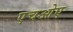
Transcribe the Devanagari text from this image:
एचओए